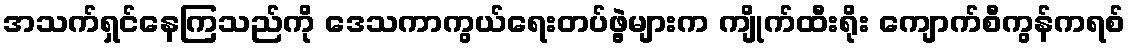
အသက်ရှင်နေကြသည်ကို ဒေသကာကွယ်ရေးတပ်ဖွဲ့များက ကျိုက်ထီးရိုး ကျောက်စီကွန်ကရစ်